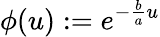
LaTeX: \phi(u):=e^{-\frac{b}{a}u}